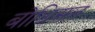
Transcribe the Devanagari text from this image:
बोधिसत्त